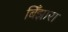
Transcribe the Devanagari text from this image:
बिँझारा